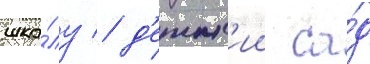
шко́лу / д'етск'ии са́д